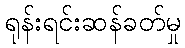
ရုန်းရင်းဆန်ခတ်မှု